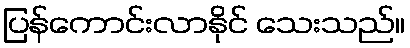
ပြန်ကောင်းလာနိုင် သေးသည်။